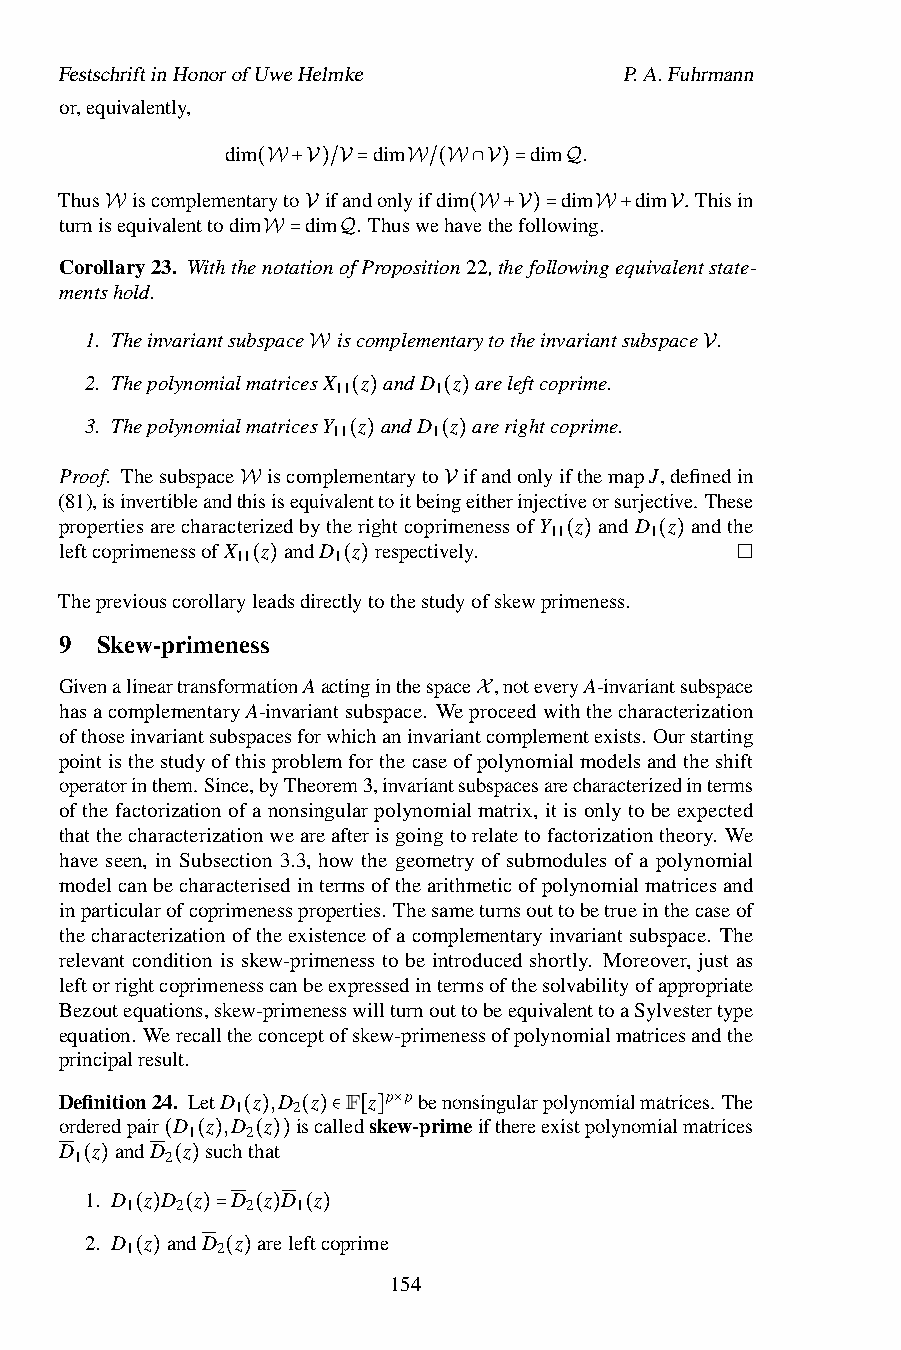
FestschriftinHonorofUweHelmke        P.A.Fuhrmann
 or,equivalently,
 dim       dim       dim .
 Thus iscomplementa(rWyto+V)i/fVan=donlyWif/d(iWm∩V)= dQim dim . Thisin
 turnisequivalenttodim dim . Thuswehavethefollowing.
 W            V          (W+V)=  W+   V
 Corollary23. WiththeWnot=ationQofProposition22,thefollowingequivalentstate-
 mentshold.
 1. Theinvariantsubspace iscomplementarytotheinvariantsubspace .
 2. ThepolynomialmatriceWsX 11 z andD 1 z areleftcoprime. V
 3. ThepolynomialmatricesY 11(z)andD 1(z)arerightcoprime.
 Proof. Thesubspace iscomplem( e)ntaryto( )ifandonlyifthemapJ,definedin
 (81),isinvertibleandthisisequivalenttoitbeingeitherinjectiveorsurjective. These
 propertiesarecharactWerizedbytherightcopriVmenessofY z andD z andthe
 11     1
 leftcoprimenessofX z andD z respectively.
 11    1
 ( )    ( )
 Thepreviouscorollary(lea)dsdirect(ly)tothestudyofskewprimeness.
 9 Skew-primeness
 GivenalineartransformationAactinginthespace ,noteveryA-invariantsubspace
 hasacomplementaryA-invariantsubspace. Weproceedwiththecharacterization
 ofthoseinvariantsubspacesforwhichaninvariantXcomplementexists. Ourstarting
 pointisthestudyofthisproblemforthecaseofpolynomialmodelsandtheshift
 operatorinthem. Since,byTheorem3,invariantsubspacesarecharacterizedinterms
 of the factorization of a nonsingular polynomial matrix, it is only to be expected
 thatthecharacterizationweareafterisgoingtorelatetofactorizationtheory. We
 have seen, in Subsection 3.3, how the geometry of submodules of a polynomial
 modelcanbecharacterisedintermsofthearithmeticofpolynomialmatricesand
 inparticularofcoprimenessproperties. Thesameturnsouttobetrueinthecaseof
 thecharacterizationoftheexistenceofacomplementaryinvariantsubspace. The
 relevant condition is skew-primeness to be introduced shortly. Moreover, just as
 leftorrightcoprimenesscanbeexpressedintermsofthesolvabilityofappropriate
 Bezoutequations,skew-primenesswillturnouttobeequivalenttoaSylvestertype
 equation. Werecalltheconceptofskew-primenessofpolynomialmatricesandthe
 principalresult.
 Definition24. LetD z ,D z F z p pbenonsingularpolynomialmatrices. The
 1  2
 orderedpair D
 1
 z ,D
 2
 z  iscalledske×w-primeifthereexistpolynomialmatrices
 D z andD z such(th)at ( )∈ [ ]
 1     2
 ( ( ) ( ))
 (1.)D z D( )z D z D z
 1   2   2   1
 2. D 1(z)an(dD)=2 z (ar)elef(tc)oprime
 ( )   ( )        154